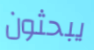
يبحثون